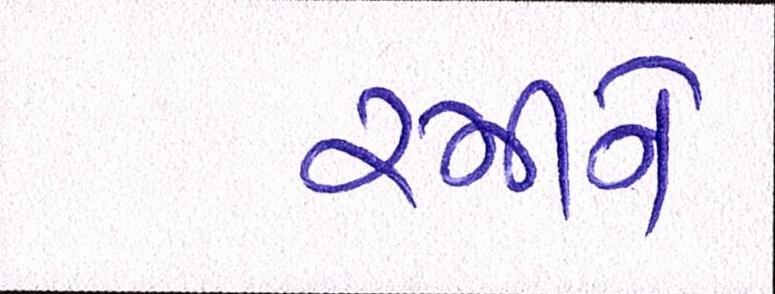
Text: રમીને